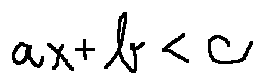
a x + b < c